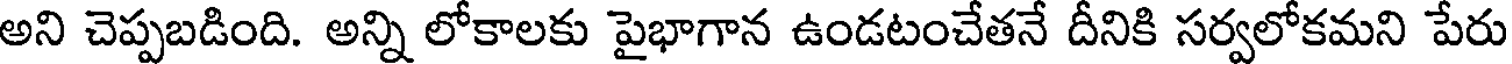
అని చెప్పబడింది. అన్ని లోకాలకు పైభాగాన ఉండటంచేతనే దీనికి సర్వలోకమని పేరు